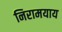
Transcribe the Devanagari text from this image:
निरामयाय